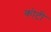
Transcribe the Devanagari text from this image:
कोटीं